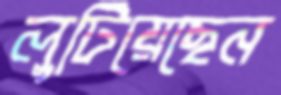
লুটিয়েছেন